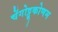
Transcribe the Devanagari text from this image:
चेंगोट्टूकोणम